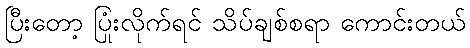
ပြီးတော့ ပြုံးလိုက်ရင် သိပ်ချစ်စရာ ကောင်းတယ်